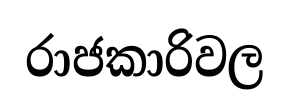
රාජකාරිවල